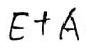
$E + A$